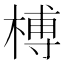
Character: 榑